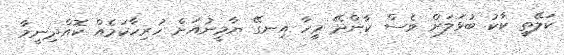
ކަލޭތީ ކާކު ބުޅަލަށް ވެސް ކާންދޭ މީހާ އިނގޭ ޔާމީނުއަށް ހުރިހާކަމެއް ކޮއްދިނީމާ